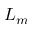
L _ { m }